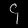
Digit: ၄